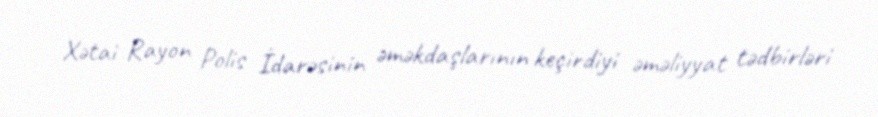
Xətai Rayon Polis İdarəsinin əməkdaşlarının keçirdiyi əməliyyat tədbirləri